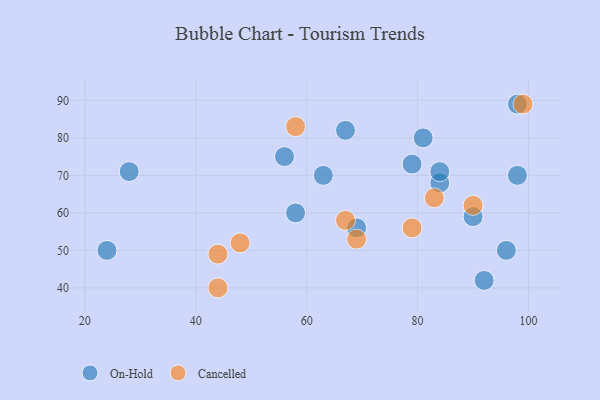
{"axis": {"x": "GDP", "y": "Life Expectancy"}, "legend": ["Cancelled", "On-Hold"], "data": [{"x": "84", "y": 68, "type": "On-Hold"}, {"x": "58", "y": 60, "type": "On-Hold"}, {"x": "28", "y": 71, "type": "On-Hold"}, {"x": "98", "y": 70, "type": "On-Hold"}, {"x": "84", "y": 71, "type": "On-Hold"}, {"x": "63", "y": 70, "type": "On-Hold"}, {"x": "90", "y": 59, "type": "On-Hold"}, {"x": "24", "y": 50, "type": "On-Hold"}, {"x": "98", "y": 89, "type": "On-Hold"}, {"x": "92", "y": 42, "type": "On-Hold"}, {"x": "69", "y": 56, "type": "On-Hold"}, {"x": "56", "y": 75, "type": "On-Hold"}, {"x": "79", "y": 73, "type": "On-Hold"}, {"x": "67", "y": 82, "type": "On-Hold"}, {"x": "96", "y": 50, "type": "On-Hold"}, {"x": "81", "y": 80, "type": "On-Hold"}, {"x": "48", "y": 52, "type": "Cancelled"}, {"x": "83", "y": 64, "type": "Cancelled"}, {"x": "99", "y": 89, "type": "Cancelled"}, {"x": "79", "y": 56, "type": "Cancelled"}, {"x": "44", "y": 49, "type": "Cancelled"}, {"x": "69", "y": 53, "type": "Cancelled"}, {"x": "67", "y": 58, "type": "Cancelled"}, {"x": "44", "y": 40, "type": "Cancelled"}, {"x": "58", "y": 83, "type": "Cancelled"}, {"x": "90", "y": 62, "type": "Cancelled"}]}